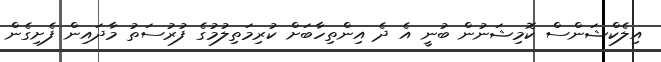
އިލެކްޝަންސް ކޮމިޝަނުން ބުނީ އެ ދެ އިންތިހާބަށް ކުރިމަތިލުމުގެ ފުރުސަތު މާދައިން ފެށިގެން